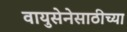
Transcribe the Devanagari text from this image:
वायुसेनेसाठीच्या